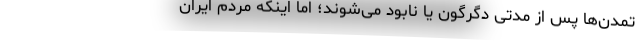
تمدن‌ها پس از مدتی دگرگون یا نابود می‌شوند؛ اما اینکه مردم ایران